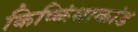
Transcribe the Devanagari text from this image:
किष्किंधाकांड